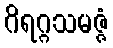
ဂိရဂ္ဂသမဇ္ဇံ